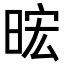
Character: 𪰧